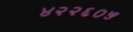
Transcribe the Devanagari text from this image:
४२२६०५